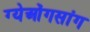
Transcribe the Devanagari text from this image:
ग्येओंगसांग